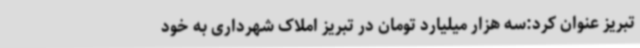
تبریز عنوان کرد:سه هزار میلیارد تومان در تبریز املاک شهرداری به خود